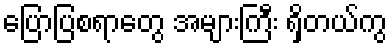
ပြောပြစရာတွေ အများကြီး ရှိတယ်ကွ